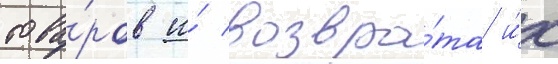
това́ров и́ возвра́та и́х